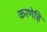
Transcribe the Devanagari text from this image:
करणेहि